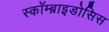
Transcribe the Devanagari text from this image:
स्कॉम्ब्राइडोसिस